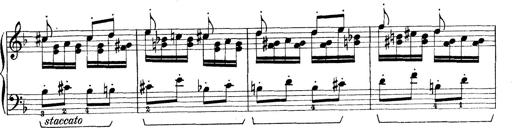
Title: Rapsodie: 19 ungheresi, 1 spagnuola
Composer: Franz Liszt